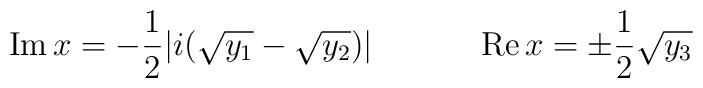
\mbox{Im} \, x = -\frac{1}{2} | i (\sqrt{y_1 } -\sqrt{y_2 } ) |\ \ \ \ \ \ \ \ \ \ \mbox{Re} \, x = \pm \frac{1}{2} \sqrt{y_3 }